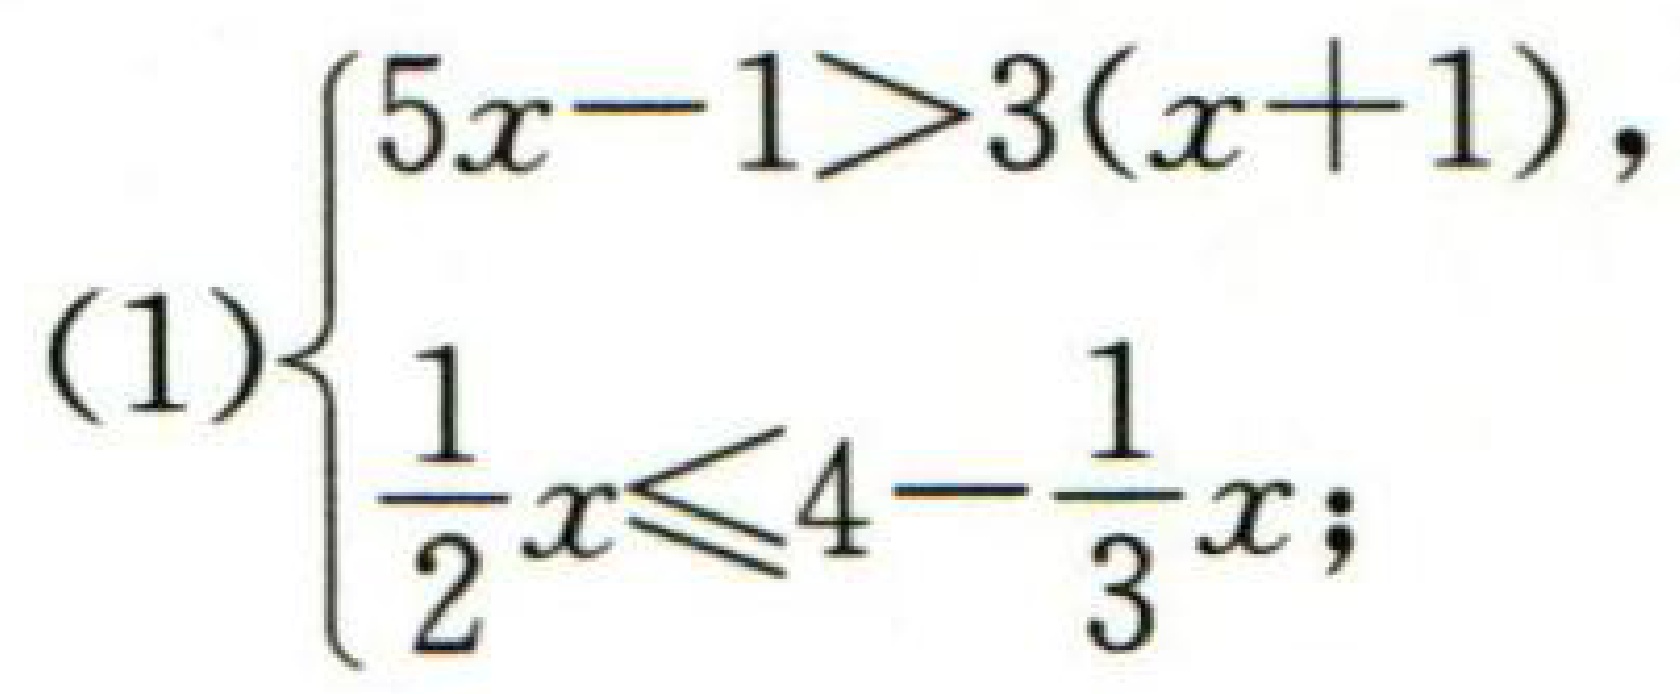
$(1)\begin{cases}
5x - 1>3(x + 1),\\
\frac{1}{2}x\leq4-\frac{1}{3}x;
\end{cases}$